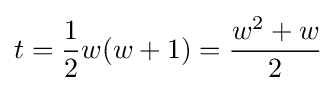
t={\frac {1}{2}}w(w+1)={\frac {w^{2}+w}{2}}